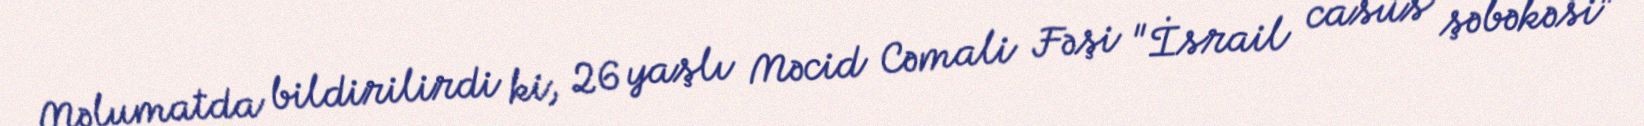
Məlumatda bildirilirdi ki, 26 yaşlı Məcid Cəmali Fəşi "İsrail casus şəbəkəsi"